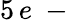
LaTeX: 5\, e\mathrm{~-~}